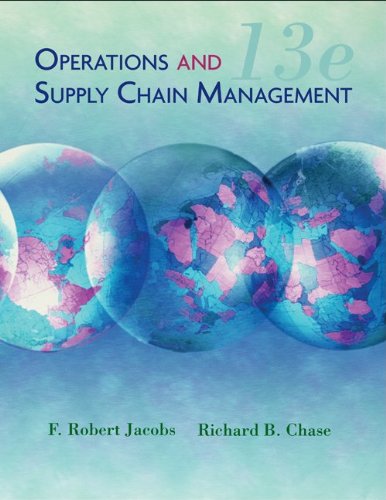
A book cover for Operations and Supply Chain Management (The Mcgraw-Hill/Irwin Series); F. Robert Jacobs; Business & Money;